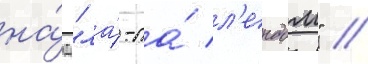
на́д "ла́-ла́ л'ендом" //